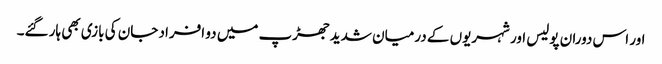
اور اس دوران پولیس اور شہریوں کے درمیان شدید جھڑپ میں دو افراد جان کی بازی بھی ہار گئے۔